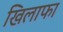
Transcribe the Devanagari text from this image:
खिलाफा